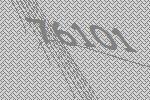
76101